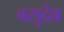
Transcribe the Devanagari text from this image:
बसुदेब